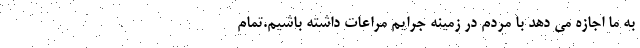
به ما اجازه می دهد با مردم در زمینه جرایم مراعات داشته باشیم.تمام